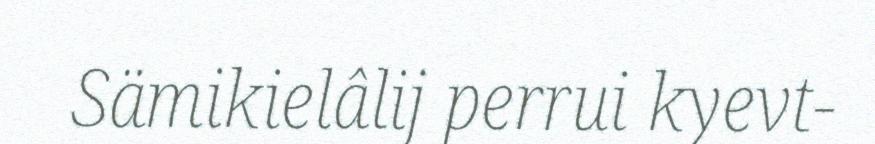
Sämikielâlij perrui kyevt-